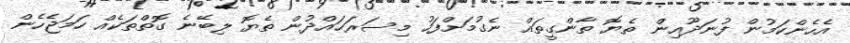
އެހެންކަމުން ފުނަދޫއިން ތެޔޮ ތާންގީތައް ނެގުމަށްފަހު މިސަރަހައްދުން ތެޔޮ ލިބޭނެ ގޮތްތަކެއް ހަމަޖެހެން